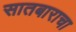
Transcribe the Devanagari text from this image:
सातबाराचा